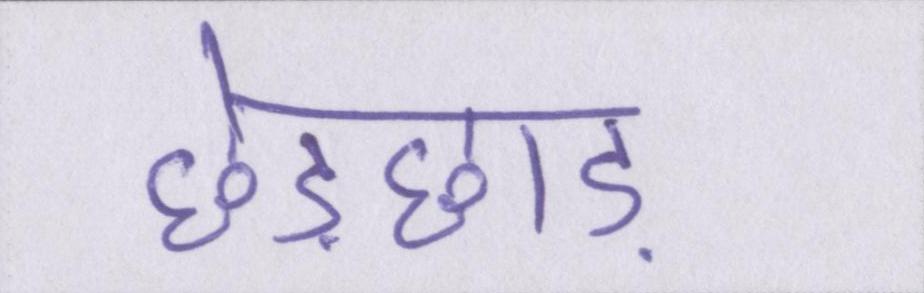
छेड़छाड़